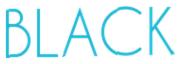
BLACK